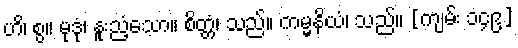
ဟိ၊ စွ။ မုဒုံ၊ နူးညံ့သော။ စိတ္တံ၊ သည်။ ကမ္မနိယံ၊ သည်။ [ကျမ်း ၁၄၉]